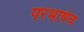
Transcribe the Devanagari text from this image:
परभाषेच